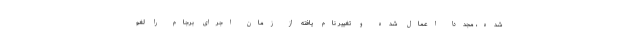
شده، مجددا اعمال شده و تغییر نام یافته از زمان اجرای برجام را لغو